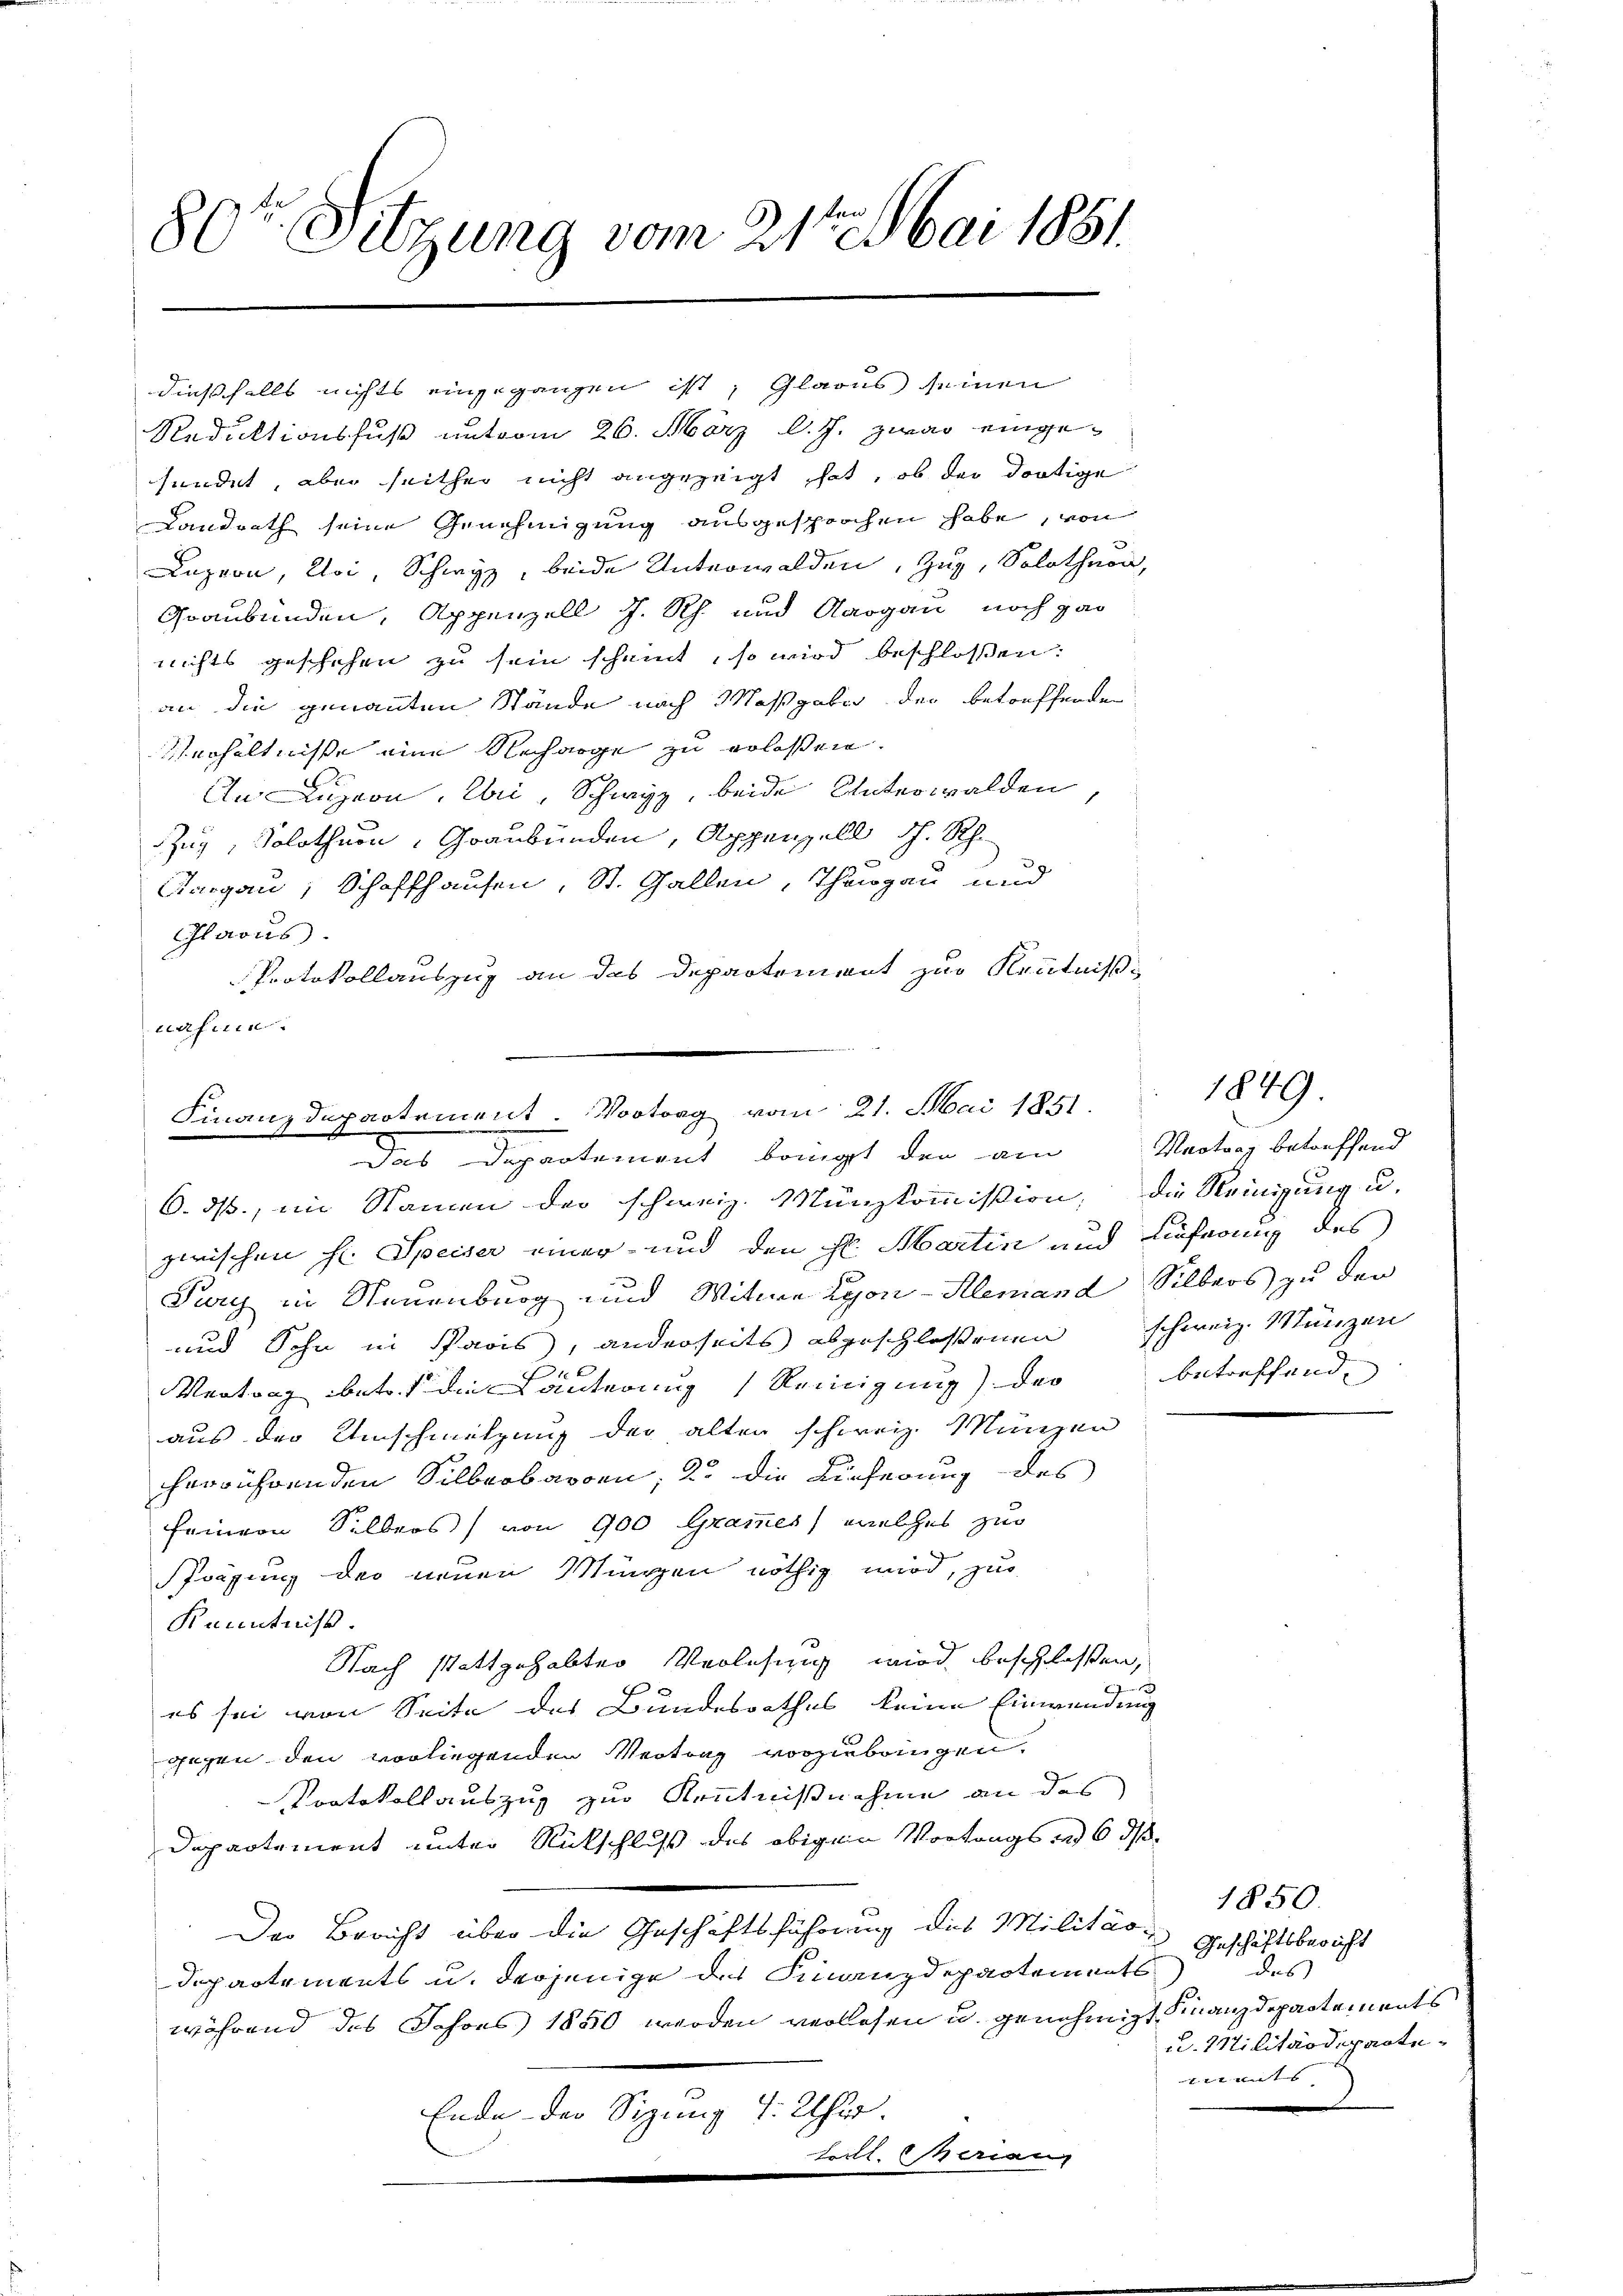
80te Sitzung vom 21t Mai 1881.

dießfalls nichts eingegangen ist, Glarus seinen
Reduktionsfuß unterm 26. März l. J. zwar eingesendet, aber seither nicht angezeigt hat, ob der dortige
Landrath seine Genehmigung ausgesprochen habe, von
Luzern, Uri, Schwyz, beide Unterwalden, Zug, Solothurn,
Graubünden, Appenzell J. Rh. und Aargau noch gar
nichts geschehen zu sein scheint, so wird beschlossen:
an die genannten Stände nach Maßgaben der betreffenden
Verhältnisse eine Recharge zu erlassen.
An Luzern, Uri, Schwyz, beide Unterwalden
Zug, Solothurn, Graubünden, Appenzell dh. Rh.
Aargau, Schaffhausen, St. Gallen, Thurgau und
Glarus.
Protokollauszug an das Departement zur Kenntniß
nahun

Finanzdepartement. Vortrag vom 21. Mai 1851.
Das Departement bringt den am Vertrag betreffend

betreffend

6. ds., im Namen der schweiz. Münzkommission, die Reinigung u.
zwischen H. Speiser einer und den St. Martin und Lieferung des
Pory in Neuenburg und Witwe Lyon-Alemand Silbers zu der
und Sohn in Paris, anderseits abgeschlossenen schweiz. Münzen
xx
Vertrag betr. die Läuterung Reinigung) der
aus der Umschmitzung der alten schweiz. Münzen
herrührenden Silberbaren, 2. die Lieferung des
feinern Silbers) von 900 Grammes, welches zur
Frägung der neuen Müngen nöthig wird, zur
Kenntniss.
Nach stattgehabter Verlesung wird beschlossen,
es sei von Seite des Bundesrathes keine Einwendung
gegen den vorliegenden Vertrag vorzubringen.
Protokollauszug zur Kenntnißnahme an das
Departement unter Rückschluß des obigen Vortrags in 6 d
Der Bericht über die Geschäftsführung des Militär¬
Departements u. derjenige der Finanzdepartements
während des Schöns 1850 werden verlesen u. genehmigt. Finanzdepartements
Ende der Sizung 4. Uhr.
Frill. Meriann

1849.

1850.
Geschäftsbericht
des
u. Militärdeparte
tt dies